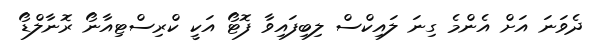
ދެވަނަ އަށް އެންމެ ގިނަ ލައިކްސް ލިބިފައިވާ ފޮޓޯ އަކީ ކްރިސްޓިއާނޯ ރޮނާލްޑޯ